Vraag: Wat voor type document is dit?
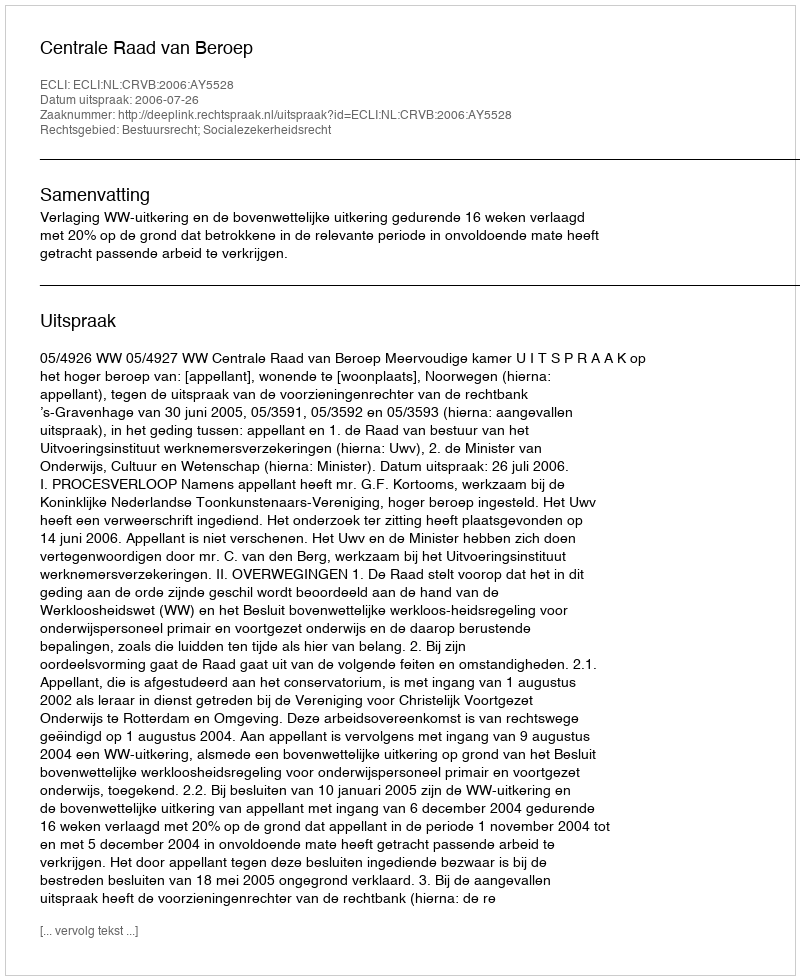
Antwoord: Uitspraak